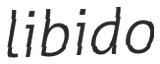
libido